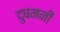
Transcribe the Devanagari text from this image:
दुषमनी